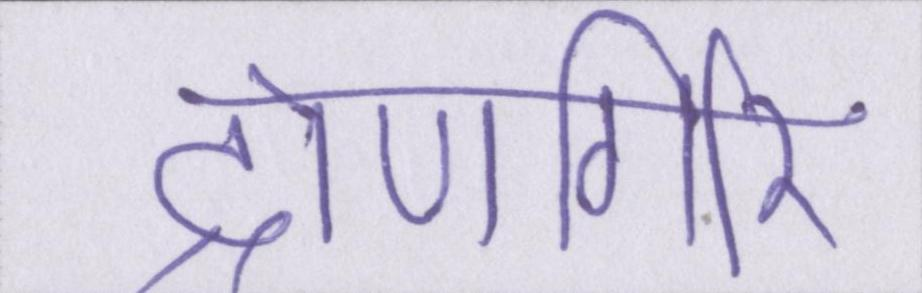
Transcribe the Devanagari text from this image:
द्रोणगिरि